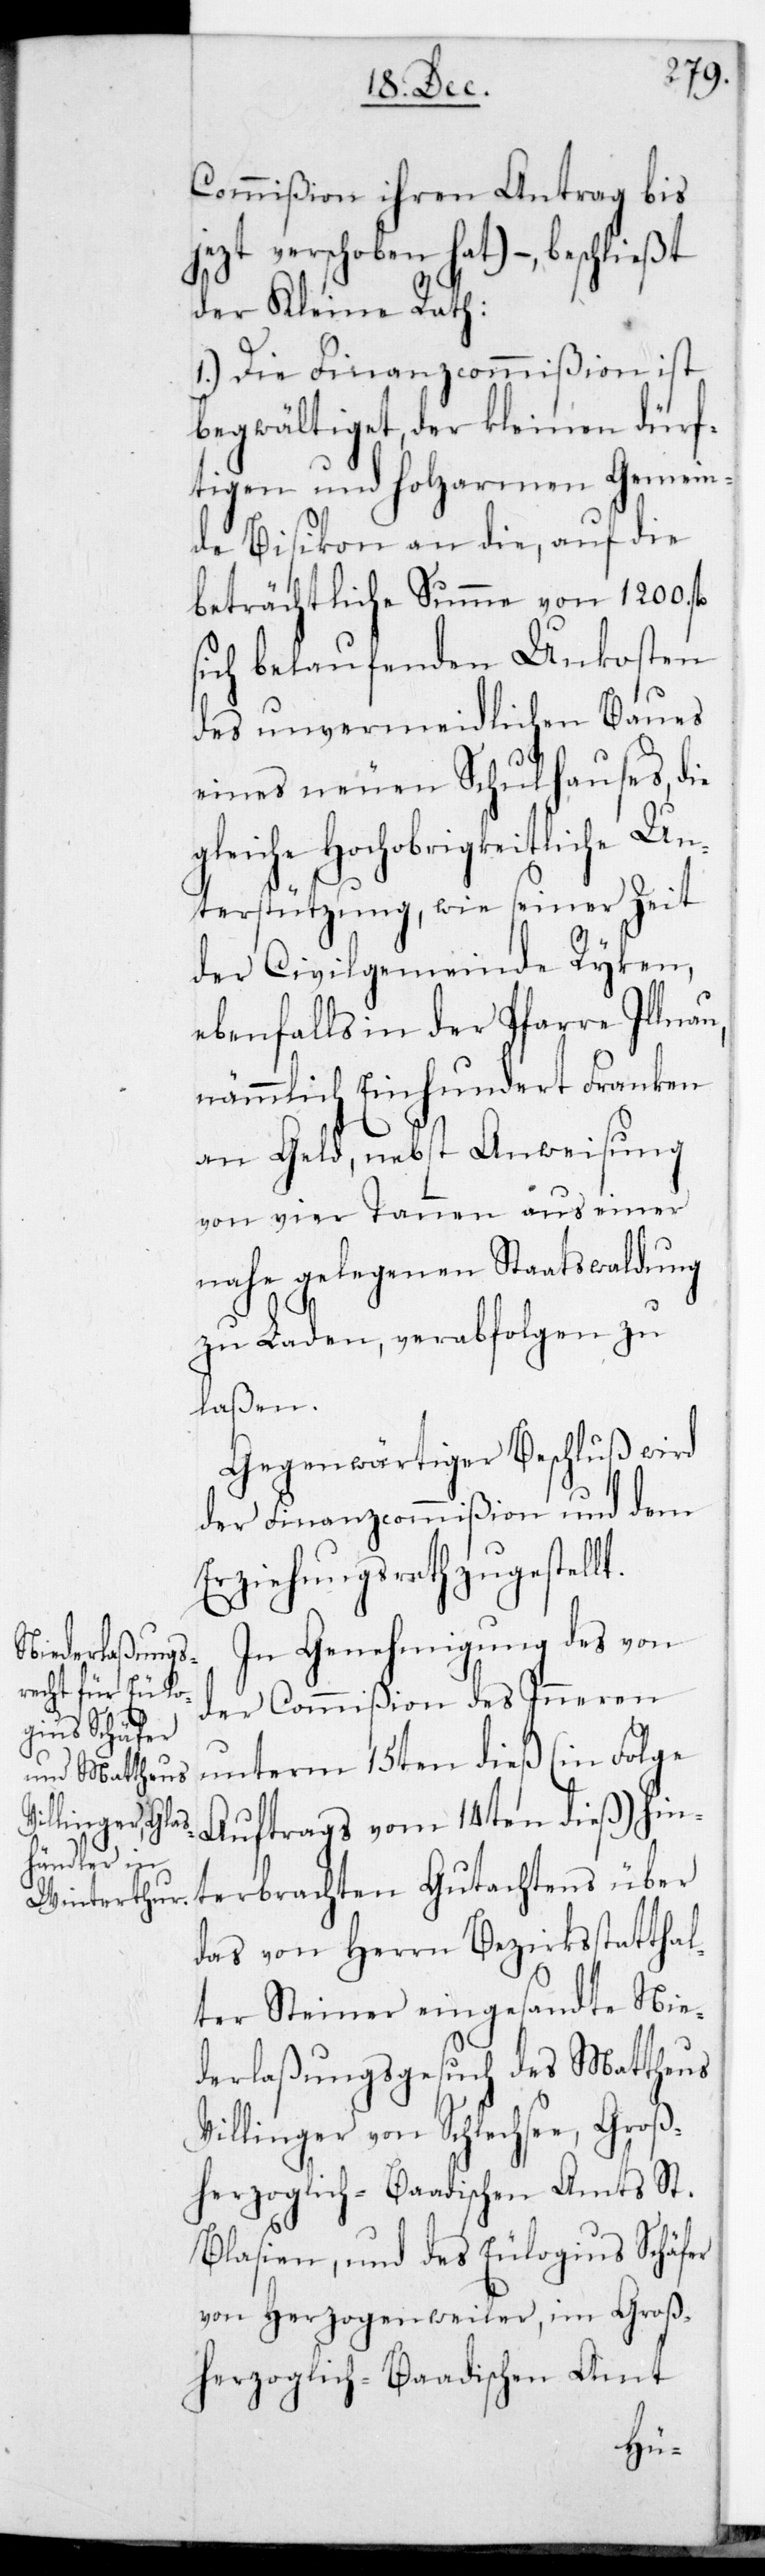
Commißion ihren Antrag bis
etzt verschoben hat), – beschließt
der Kleine Rath:
1.) Die Finanzcommißion ist
begwältiget, der kleinen dürf¬
tigen und holzarmen Gemein¬
de Bisikon an die, auf die
beträchtliche Summe von 1200. fl.
sich belaufenden Unkosten
des unvermeidlichen Baues
eines neuen Schulhauses, die
gleiche Hochobrigkeitliche Un¬
terstützung, wie seiner Zeit
der Civilgemeinde Rykon,
ebenfalls in der Pfarre Illnau,
an Geld, nebst Anweisung
von vier Tannen aus einer
nahe gelegenen Staatswaldung
zu Laden, verabfolgen zu
laßen.
Gegenwärtiger Beschluß wird
der Finanzcommißion und dem
Erziehungsrath zugestellt.
In Genehmigung des von
der Commißion des Inneren
unterm 15ten dieß (in Folge
Auftrags vom 14ten dieß) hin¬
terbrachten Gutachtens über
das von Herrn Bezirksstatthal¬
ter Steiner eingesandte Nie¬
derlaßungsgesuch des Matthäus
Villinger von Schluchsee, Groß¬
herzoglich-Baadischen Amts St.
Blasien; und des Eulogius Schäfer
von Herzogenweiler, im Groß¬
herzoglich-Baadischen Amt
j¬